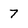
Character: 7